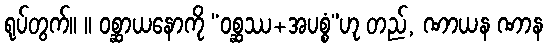
ရုပ်တွက်။ ။ ဝစ္ဆာယနောကို “ဝစ္ဆဿ+အပစ္စံ”ဟု တည်, ဏာယန ဏာန